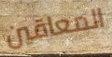
المعاقين